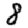
Digit: 8